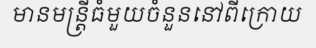
មានមន្ត្រីធំមួយចំនួននៅពីក្រោយ